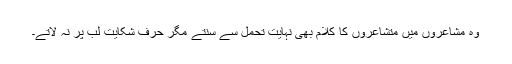
وہ مشاعروں میں متشاعروں کا کلام بھی نہایت تحمل سے سنتے مگر حرف شکایت لب پر نہ لاتے۔